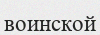
воинской